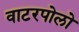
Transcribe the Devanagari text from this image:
वाटरपोलो